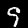
Digit: 9